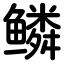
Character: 鳞